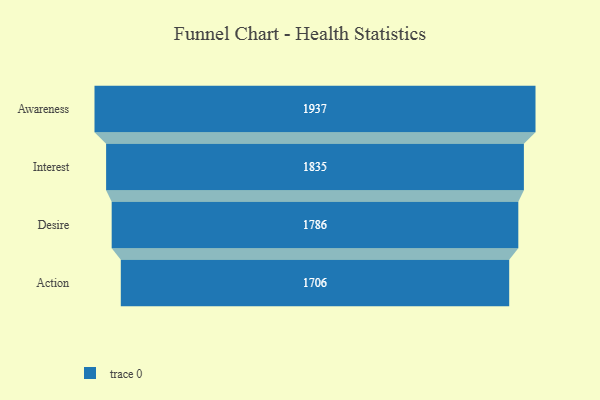
{"axis": {"x": "Stage", "y": "Value"}, "legend": [""], "data": [{"x": "Awareness", "y": 1937.0, "type": ""}, {"x": "Interest", "y": 1835.0, "type": ""}, {"x": "Desire", "y": 1786.0, "type": ""}, {"x": "Action", "y": 1706.0, "type": ""}]}